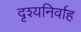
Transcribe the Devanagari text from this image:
दृश्यनिर्वाह